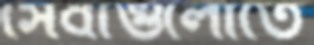
সেবাগুলোতে